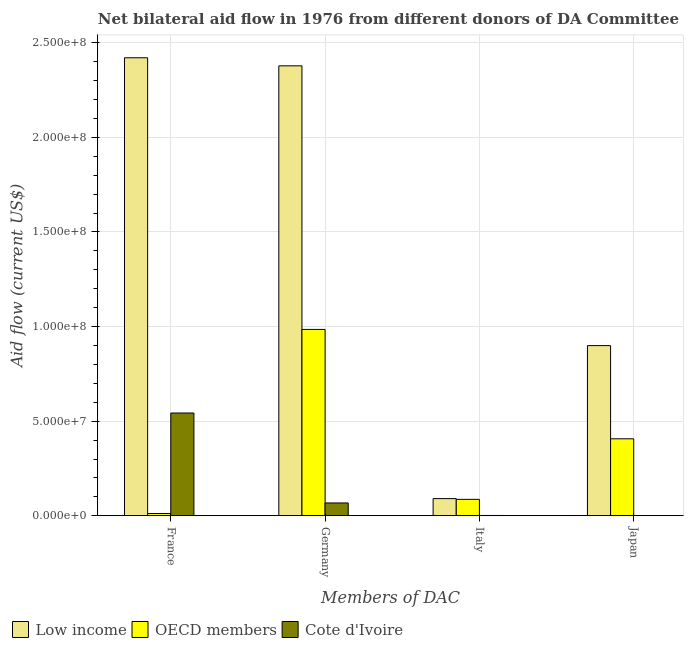
| Members of DAC | Low income | OECD members | Cote d'Ivoire |
 | --- | --- | --- | --- |
 | France | 2.42e+08 | 1.2e+06 | 5.43e+07 |
 | Germany | 2.38e+08 | 9.85e+07 | 6.78e+06 |
 | Italy | 9.08e+06 | 8.69e+06 | 1.7e+05 |
 | Japan | 8.99e+07 | 4.07e+07 | 1.5e+05 |